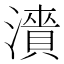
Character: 𬉓